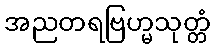
အညတရဗြဟ္မသုတ္တံ